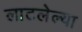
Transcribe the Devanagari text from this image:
लाटलेल्या